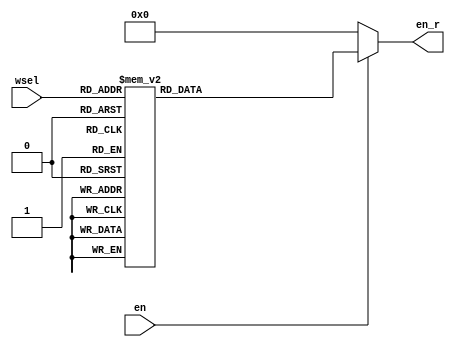
module decoder_38 (
	input  wire en,
	input  wire [2:0] wsel,
	output reg  [7:0] en_r
);

always @ (*) begin
	if (en == 1'b1) begin
	    case (wsel)
		    3'h0 : en_r = 8'b00000001;
			3'h1 : en_r = 8'b00000010;
			3'h2 : en_r = 8'b00000100;
			3'h3 : en_r = 8'b00001000;
			3'h4 : en_r = 8'b00010000;
			3'h5 : en_r = 8'b00100000;
			3'h6 : en_r = 8'b01000000;
			3'h7 : en_r = 8'b10000000;
			default : en_r = 8'h0;
		endcase
	end
	else en_r = 8'h0;
end

endmodule